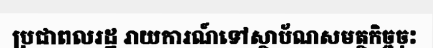
ប្រជាពលរដ្ឋ រាយការណ៍ទៅស្ថាប័ណសមត្ថកិច្ចចុះ